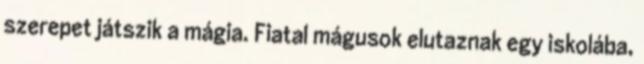
szerepet játszik a mágia. Fiatal mágusok elutaznak egy iskolába,